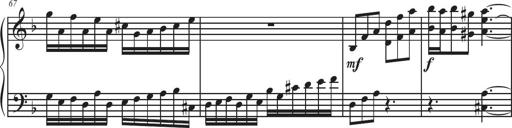
Title: Sonatina Espania
Composer: Jerald Franklin Archer
Key: Various